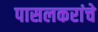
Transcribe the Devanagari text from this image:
पासलकरांचे